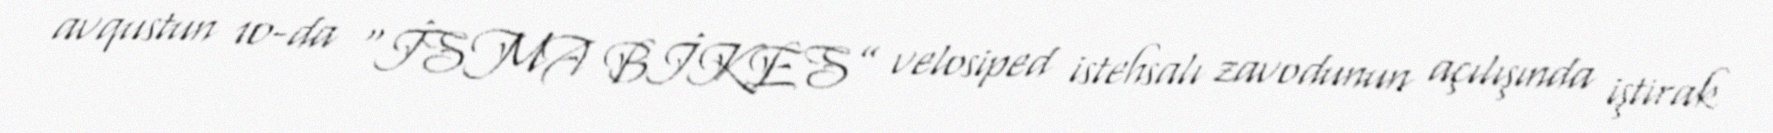
avqustun 10-da “İSMA BİKES” velosiped istehsalı zavodunun açılışında iştirak